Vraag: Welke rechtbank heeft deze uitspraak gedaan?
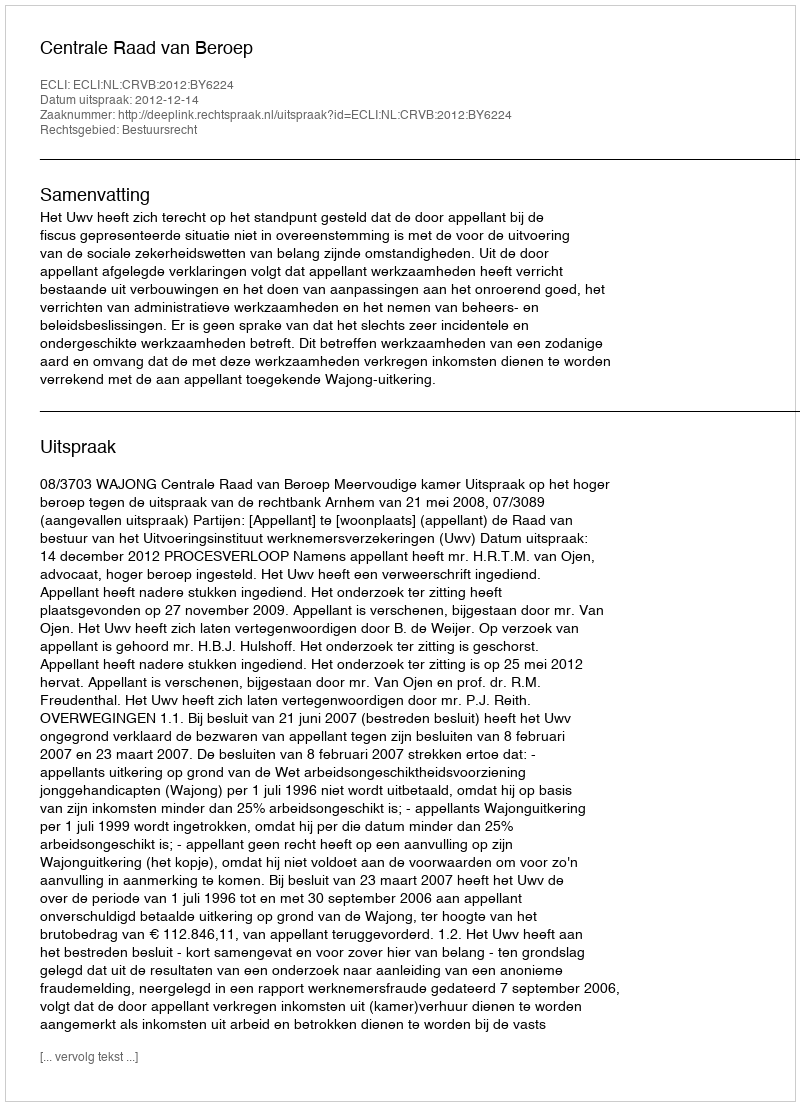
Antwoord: Centrale Raad van Beroep